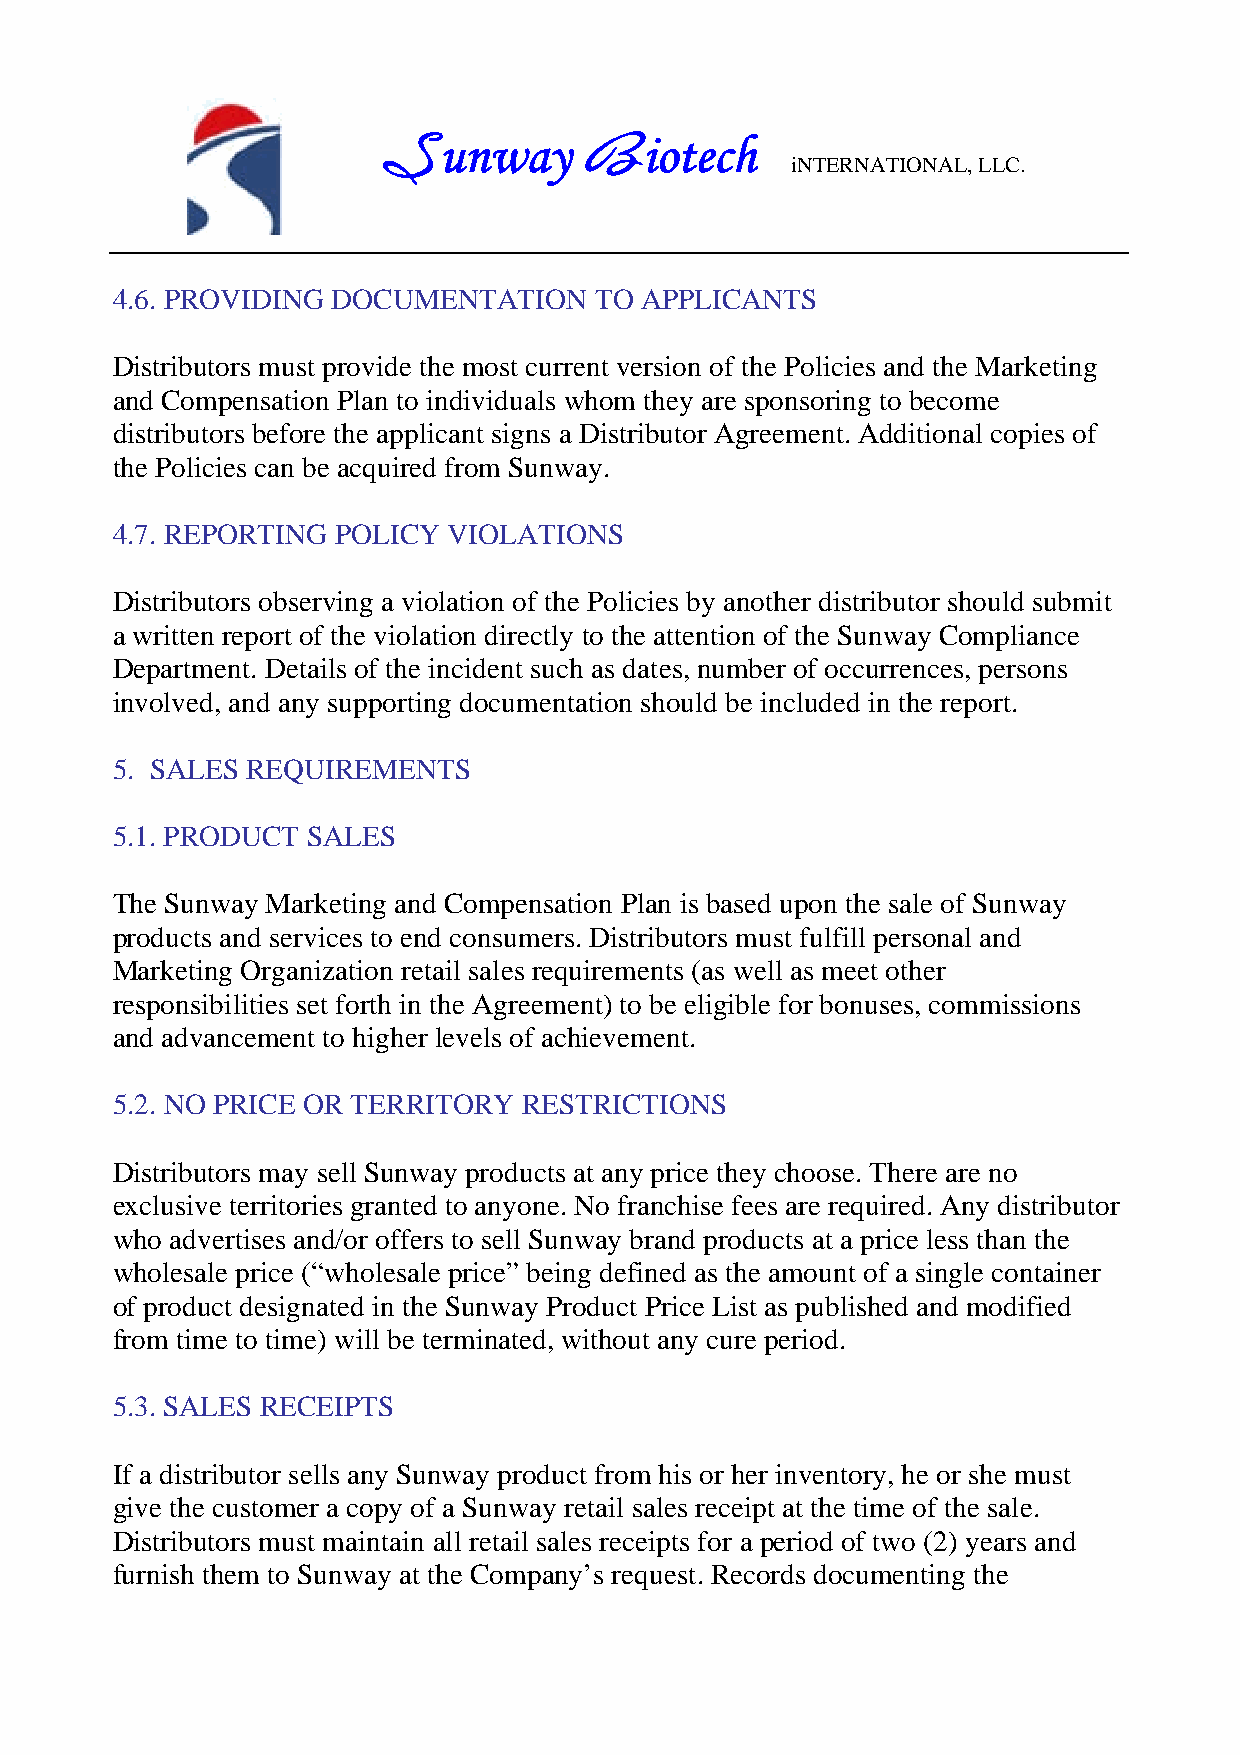
unway         iotech
 S             B            iNTERNATIONAL, LLC.
 4.6. PROVIDING DOCUMENTATION    TO APPLICANTS
 Distributors must provide the most current version of the Policies and the Marketing
 and Compensation Plan to individuals whom they are sponsoring to become
 distributors before the applicant signs a Distributor Agreement. Additional copies of
 the Policies can be acquired from Sunway.
 4.7. REPORTING POLICY  VIOLATIONS
 Distributors observing a violation of the Policies by another distributor should submit
 a written report of the violation directly to the attention of the Sunway Compliance
 Department. Details of the incident such as dates, number of occurrences, persons
 involved, and any supporting documentation should be included in the report.
 5. SALES REQUIREMENTS
 5.1. PRODUCT SALES
 The Sunway Marketing and Compensation Plan is based upon the sale of Sunway
 products and services to end consumers. Distributors must fulfill personal and
 Marketing Organization retail sales requirements (as well as meet other
 responsibilities set forth in the Agreement) to be eligible for bonuses, commissions
 and advancement to higher levels of achievement.
 5.2. NO PRICE OR TERRITORY  RESTRICTIONS
 Distributors may sell Sunway products at any price they choose. There are no
 exclusive territories granted to anyone. No franchise fees are required. Any distributor
 who advertises and/or offers to sell Sunway brand products at a price less than the
 wholesale price (“wholesale price” being defined as the amount of a single container
 of product designated in the Sunway Product Price List as published and modified
 from time to time) will be terminated, without any cure period.
 5.3. SALES RECEIPTS
 If a distributor sells any Sunway product from his or her inventory, he or she must
 give the customer a copy of a Sunway retail sales receipt at the time of the sale.
 Distributors must maintain all retail sales receipts for a period of two (2) years and
 furnish them to Sunway at the Company’s request. Records documenting the